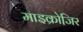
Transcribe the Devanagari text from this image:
माइक्रोजि़र